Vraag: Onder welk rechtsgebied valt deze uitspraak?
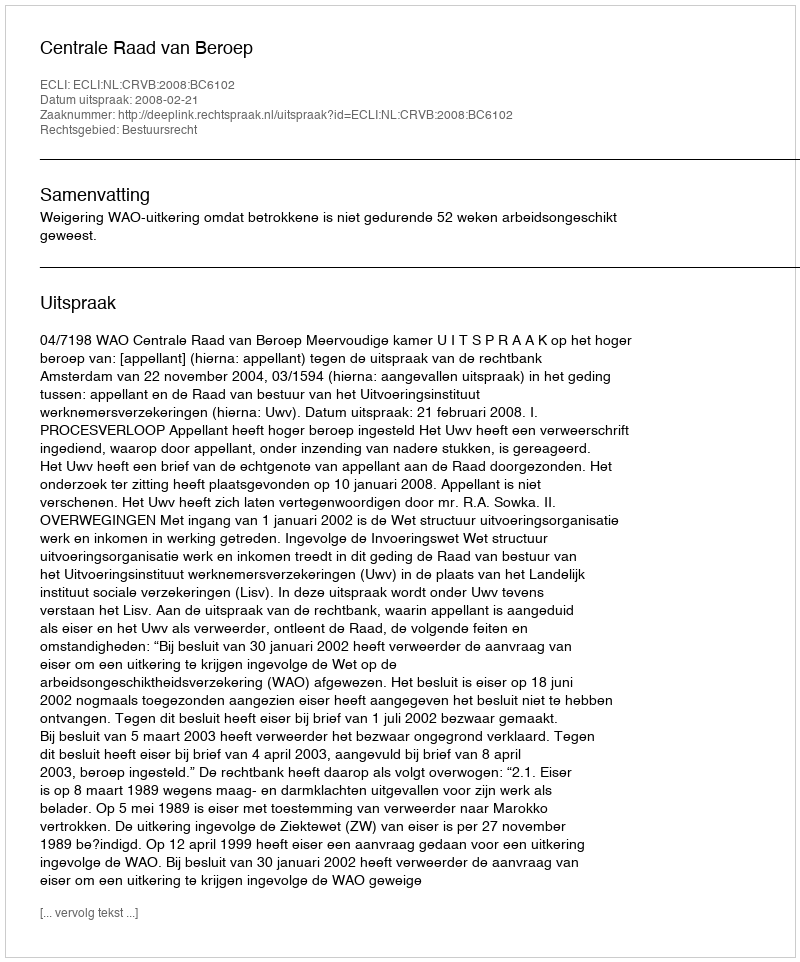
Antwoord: Bestuursrecht